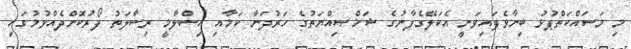
މި މަސައްކަތްޕުޅު ބިނާވެފައިވަނީ އެކަލޭގެފާނުގެ ޝަޚްޞިއްޔަތުގެ ހަރުދަނާ ކަމާއި އިސްލާމީ ރިސާލަތު ފޯރުކޮށްދެއްވުމުގައި